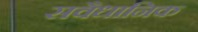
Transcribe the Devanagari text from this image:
सवैधानिक